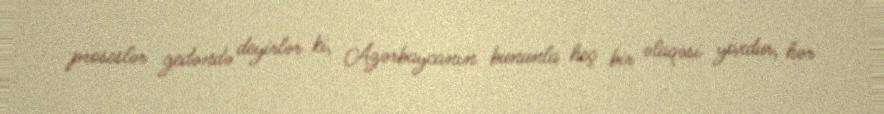
proseslər gedəndə deyirlər ki, Azərbaycanın bununla heç bir əlaqəsi yoxdur, hər